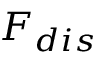
F _ { d i s }